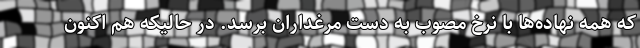
که همه نهاده‌ها با نرخ مصوب به دست مرغداران برسد. در حالیکه هم اکنون